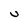
Character: U